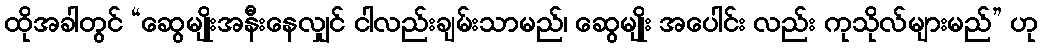
ထိုအခါတွင် “ဆွေမျိုးအနီးနေလျှင် ငါလည်းချမ်းသာမည်၊ ဆွေမျိုး အပေါင်း လည်း ကုသိုလ်များမည်” ဟု